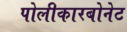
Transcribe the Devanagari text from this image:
पोलीकारबोनेट